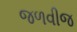
જળવીજ